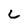
Character: L